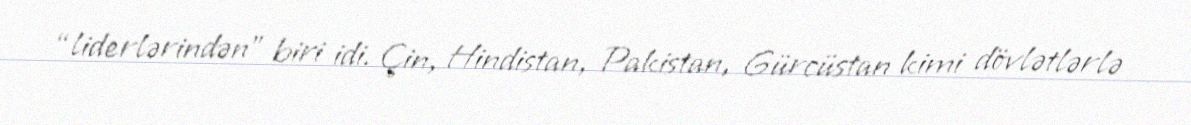
“liderlərindən” biri idi. Çin, Hindistan, Pakistan, Gürcüstan kimi dövlətlərlə